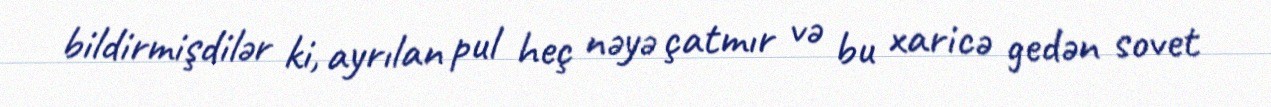
bildirmişdilər ki, ayrılan pul heç nəyə çatmır və bu xaricə gedən sovet